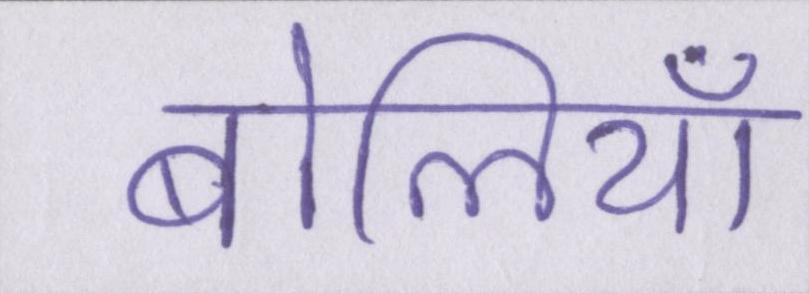
बोलियां